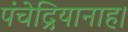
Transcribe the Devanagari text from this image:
पंचेद्रियानाह।